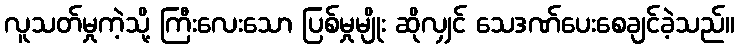
လူသတ်မှုကဲ့သို့ ကြီးလေးသော ပြစ်မှုမျိုး ဆိုလျှင် သေဒဏ်ပေးစေချင်ခဲ့သည်။